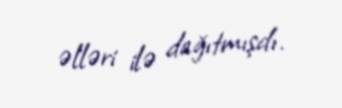
əlləri ilə dağıtmışdı.